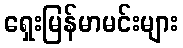
ရှေးမြန်မာမင်းများ